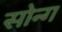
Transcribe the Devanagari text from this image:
सोन्ग